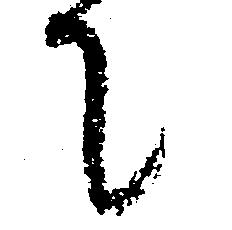
て